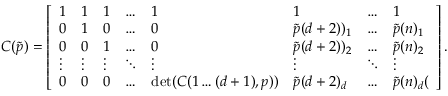
C ( \Tilde { p } ) = \left[ \begin{array} { l l l l l l l l } { 1 } & { 1 } & { 1 } & { \dots } & { 1 } & { 1 } & { \dots } & { 1 } \\ { 0 } & { 1 } & { 0 } & { \dots } & { 0 } & { \Tilde { p } ( d + 2 ) ) _ { 1 } } & { \dots } & { \Tilde { p } ( n ) _ { 1 } } \\ { 0 } & { 0 } & { 1 } & { \dots } & { 0 } & { \Tilde { p } ( d + 2 ) ) _ { 2 } } & { \dots } & { \Tilde { p } ( n ) _ { 2 } } \\ { \vdots } & { \vdots } & { \vdots } & { \ddots } & { \vdots } & { \vdots } & { \ddots } & { \vdots } \\ { 0 } & { 0 } & { 0 } & { \dots } & { \operatorname* { d e t } ( C ( 1 \dots ( d + 1 ) , p ) ) } & { \Tilde { p } ( d + 2 ) _ { d } } & { \dots } & { \Tilde { p } ( n ) _ { d } ( } \end{array} \right] .